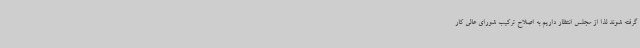
گرفته شوند لذا از مجلس انتظار داریم به اصلاح ترکیب شورای عالی کار